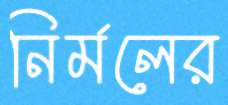
নির্মলের